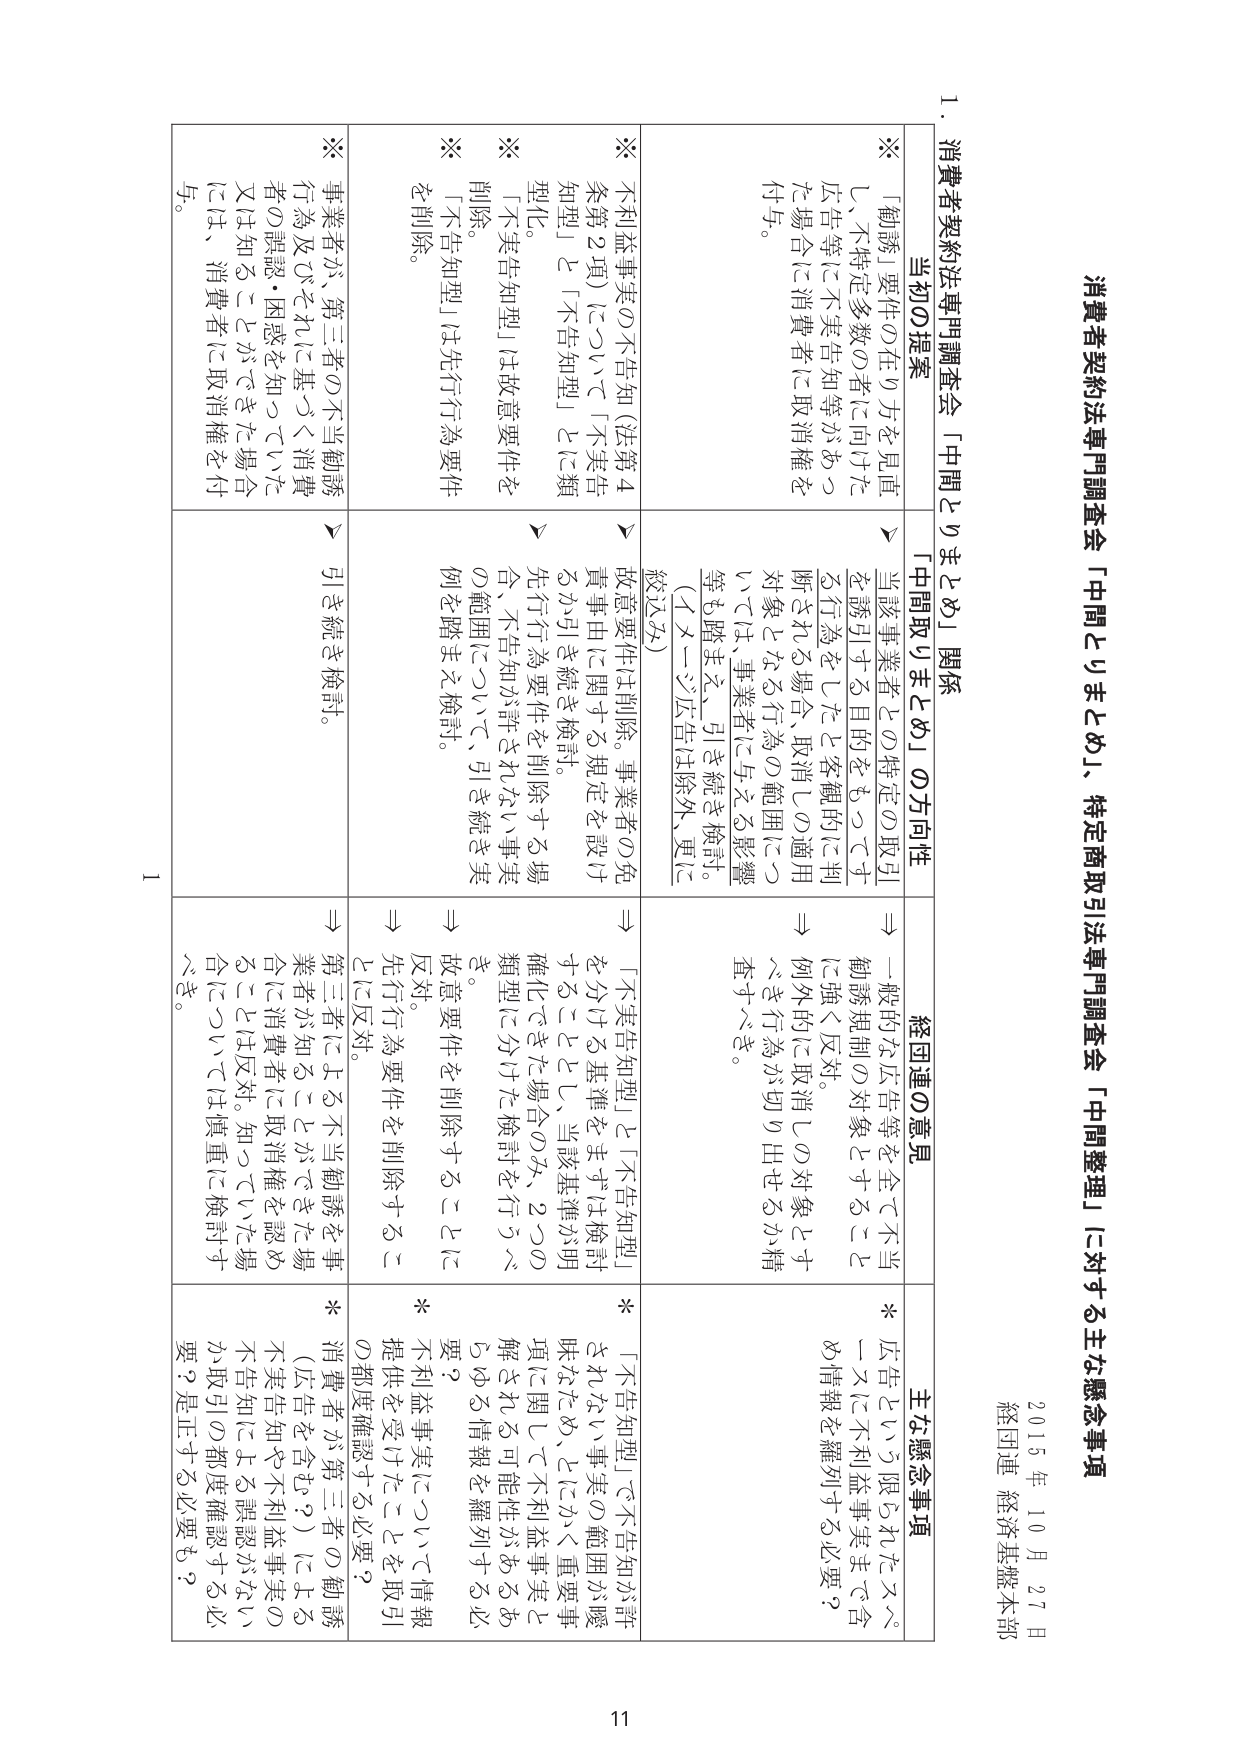
消費者契約法専門調査会「中間とりまとめ」、特定商取引法専門調査会「中間整理」に対する主な懸念事項

2015年10月27日
経団連 経済基盤本部

1．消費者契約法専門調査会「中間とりまとめ」関係

当初の提案
「中間取りまとめ」の方向性
経団連の意見
主な懸念事項

※「勧誘」要件の在り方を見直し、不特定多数の者に向けた広告等に不実告知等があった場合に消費者に取消権を付与。
→当該事業者との特定の取引を誘引する目的をもってする行為をしたと客観的に判断される場合、取消しの適用対象となる行為の範囲については、事業者に与える影響等も踏まえ、引き続き検討。（イメージ広告は除外、更に絞込み）
→一般的な広告等を全て不当勧誘規制の対象とすることに強く反対。
→例外的に取消しの対象とすべき行為が切り出せるか精査すべき。
* 広告という限られたスペースに不利益事実まで含め情報を羅列する必要？

※不利益事実の不告知（法第4条第2項）について「不実告知型」と「不告知型」とに類型化。
→故意要件は削除。事業者の免責事由に関する規定を設け、引き続き検討。
→「不実告知型」と「不告知型」を分ける基準をまずは検討するこどとし、当該基準が明確化できた場合のみ、2つの類型に分けた検討を行うべき。
*「不告知型」で不告知が許されない事実の範囲が曖昧なため、とにかく重要事項に関して不利益事実と解される可能性があるあらゆる情報を羅列する必要？

※「不実告知型」は故意要件を削除。
→先を行為要件を削除する場合、不告知が許されない事実の範囲について、引き続き実例を踏まえ検討。
⇒故意要件を削除することに反対。
⇒先行行為要件を削除することに反対。

※「不告知型」は先行行為要件を削除。
→引き続き検討。
⇒第三者による不当勧誘を事業者が知ることができた場合に消費者に取消権を認めることは反対。知っていた場合については慎重に検討すべき。
*消費者が第三者の勧誘（広告を含む？）による不実告知や不利益事実の不告知による誤認がないか取引の都度確認する必要？是正する必要も？

※事業者が、第三者の不当勧誘行為及びそれに基づく消費者の誤認・困惑を知っていた又は知ることができた場合には、消費者に取消権を付与。
→引き続き検討。
⇒第三者による不当勧誘を事業者が知ることができた場合に消費者に取消権を認めることは反対。知っていた場合については慎重に検討すべき。
*消費者が第三者の勧誘（広告を含む？）による不実告知や不利益事実の不告知による誤認がないか取引の都度確認する必要？是正する必要も？

1
二